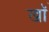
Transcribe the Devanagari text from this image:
खॉं